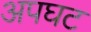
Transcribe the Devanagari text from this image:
अपघट